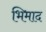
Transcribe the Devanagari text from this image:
भिमाद